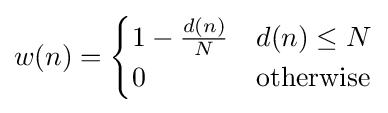
w(n)={\begin{cases}1-{\frac {d(n)}{N}}&d(n)\leq N\\0&{\text{otherwise}}\end{cases}}